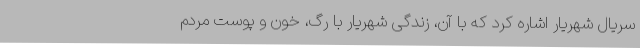
سریال شهریار اشاره کرد که با آن، زندگی شهریار با رگ، خون و پوست مردم